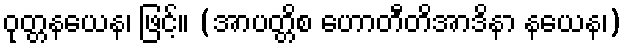
ဝုတ္တနယေန၊ ဖြင့်။ (အာပတ္တိစ ဟောတီတိအာဒိနာ နယေန၊)